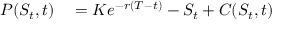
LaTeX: \begin{array} { r l } { P ( S _ { t } , t ) } & { { } = K e ^ { - r ( T - t ) } - S _ { t } + C ( S _ { t } , t ) } \end{array}